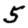
Digit: 5